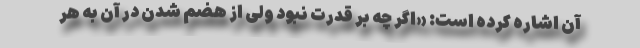
آن اشاره کرده است: «اگر چه بر قدرت نبود ولی از هضم شدن در آن به هر